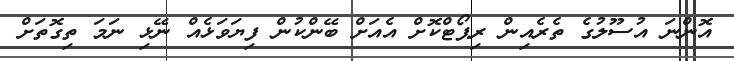
އޮންނަ އުސޫލުގެ ތެރެއިން ރިޕޯޓްކޮށް އެއަށް ބޭންކުން ފިޔަވަޅެއް ނޭޅި ނަމަ ތިގޮތަށް